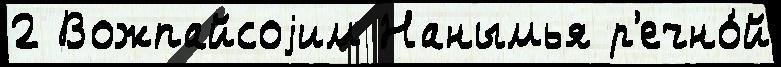
2 Вожпайсоjим Нанымья р'ечно́й